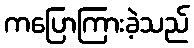
ကပြောကြားခဲ့သည်